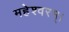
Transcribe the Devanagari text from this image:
महेश्वरम्।